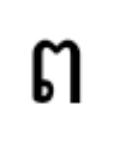
ព